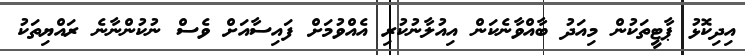
އިދިކޮޅު ޕާޓީތަކުން މިއަދު ބާއްވާނެކަން އިއުލާނުކުރި އެއްވުމަށް ފައިސާއަށް ވެސް ނުކުންނާނެ ރައްޔިތަކު